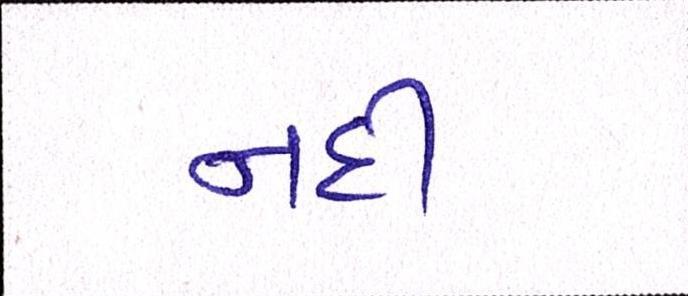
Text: નદી